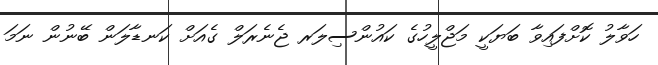
ހަވާލު ކޮށްފައިވާ ބަޔަކީ މަޖްލީހުގެ ކައުންސިލަރ ޖެނެރަލް ގެއަށް ކަނޑާލަން ބޭނުން ނަމަ